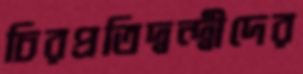
চিরপ্রতিদ্বন্দ্বীদের